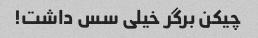
چیکن برگر خیلی سس داشت!